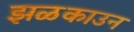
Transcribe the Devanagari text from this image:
झळकाउन